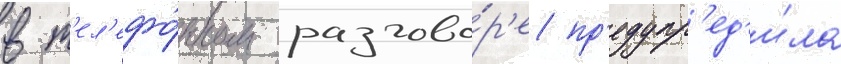
в т'ел'ефо́нном разгово́р'е пр'едупр'ед'и́ла